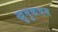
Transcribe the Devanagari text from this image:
खुमुकचम